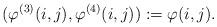
LaTeX: \begin{align*}(\varphi^{(3)}(i,j),\varphi^{(4)}(i,j)):=\varphi(i,j).\end{align*}